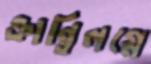
ক্রান্তিলগ্নে